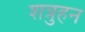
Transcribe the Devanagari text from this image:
शत्रुहन